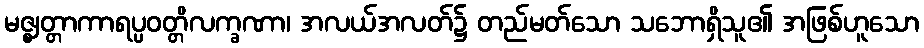
မဇ္ဈတ္တာကာရပ္ပဝတ္တိလက္ခဏာ၊ အလယ်အလတ်၌ တည်မတ်သော သဘောရှိသူ၏ အဖြစ်ဟူသော